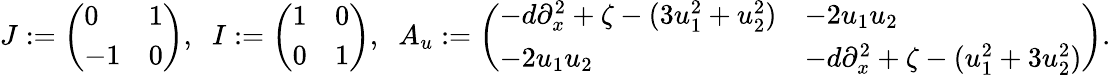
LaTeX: \begin{array}{r}{J:=\left(\begin{array}{ll}{0}&{1}\\ {-1}&{0}\end{array}\right),\; \; I:=\left(\begin{array}{ll}{1}&{0}\\ {0}&{1}\end{array}\right),\; \; A_{u}:=\left(\begin{array}{ll}{-d\partial_{x}^{2}+\zeta-(3u_{1}^{2}+u_{2}^{2})}&{-2u_{1}u_{2}}\\ {-2u_{1}u_{2}}&{-d\partial_{x}^{2}+\zeta-(u_{1}^{2}+3u_{2}^{2})}\end{array}\right).}\end{array}